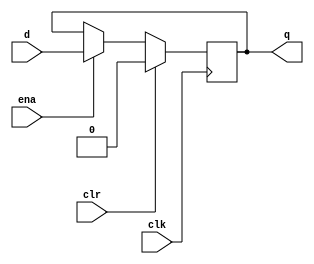
 module dflipflop(d, clk, clr, ena, q);
    input d, clk, clr, ena;

    output q;
    reg q;
	 

    initial
    begin
        q = 1'b0;
    end

	 // update values only when clock is high, (synchronous reset)
	 
    always @(posedge clk) begin
        if (q == 1'bx) begin
            q <= 1'b0;
        end else if (clr) begin
            q <= 1'b0;
        end else if (ena) begin
            q <= d;
        end
    end
endmodule